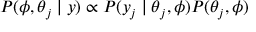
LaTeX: P ( \phi , \theta _ { j } \mid y ) \propto P ( y _ { j } \mid \theta _ { j } , \phi ) P ( \theta _ { j } , \phi )